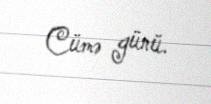
Cümə günü.